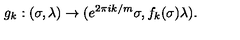
g _ { k } : ( \sigma , \lambda ) \rightarrow ( e ^ { 2 \pi i k / m } \sigma , f _ { k } ( \sigma ) \lambda ) .